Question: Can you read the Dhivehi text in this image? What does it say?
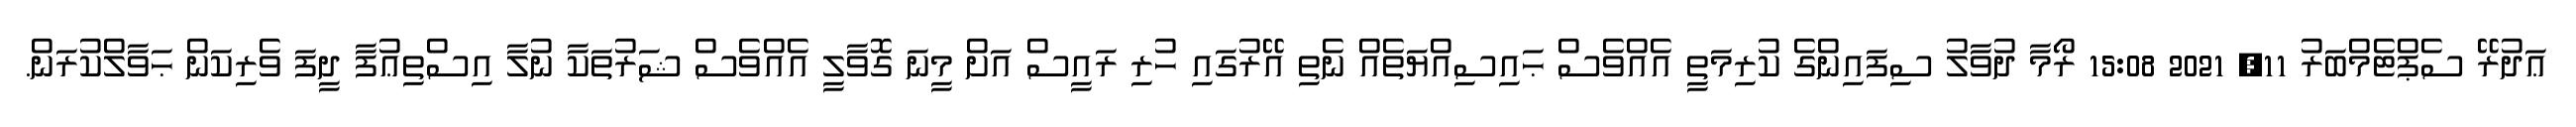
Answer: ޢަދުރޭ ސެޕްޓެމްބަރު 11, 2021 15:08 ރޯމާ ދުވާލު ސިފައިންގެ ކުރިމަތީ އެއްވެސް ޙައިސިއްޔަތެއް ނެތި އޭރުގައި ހުރި ރައީސް އަށް މީނަ ގޮވާލީ އެއްވެސް ޝަރުތަކާ ނުލާ އިސްތިޢުފާ ދީފަ ވެރިކަން ޙަވާލްކުރަން.